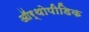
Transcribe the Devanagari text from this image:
ऑर्थोपीडिक